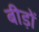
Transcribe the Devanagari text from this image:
बीड़ों